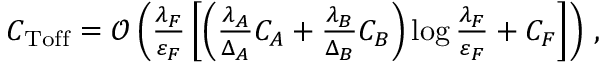
\begin{array} { r } { C _ { \mathrm { T o f f } } = \mathcal { O } \left( \frac { \lambda _ { F } } { \varepsilon _ { F } } \left[ \left( \frac { \lambda _ { A } } { \Delta _ { A } } C _ { A } + \frac { \lambda _ { B } } { \Delta _ { B } } C _ { B } \right) \log \frac { \lambda _ { F } } { \varepsilon _ { F } } + C _ { F } \right] \right) \, , } \end{array}